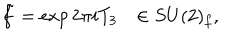
LaTeX: \tilde { f } = \exp 2 \pi i T _ { 3 } \ \ \ \in S U ( 2 ) _ { f } ,